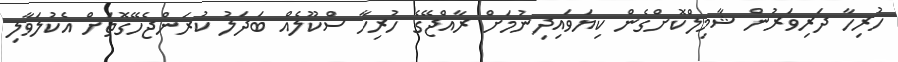
ހުރިހާ ދަރިވަރުން ޝާމިލްކޮށްގެން ކިޔަވައިދިނުމަށް ރާއްޖޭގެ ހުރިހާ ސްކޫލެއް ބަދަލު ކުރަންޖެހޭގޮތަށް އެކުލަވާލި